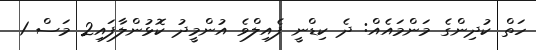
ހަތް ކުދިންގެ މަންމައެއް: ދެ ކިޑްނީ ފެއިލްވެ އުންމީދު ކޮޅުންލާފައި2 މަސް 1